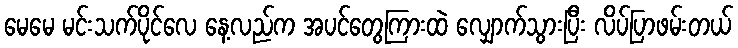
မေမေ မင်းသက်ပိုင်လေ နေ့လည်က အပင်တွေကြားထဲ လျှောက်သွားပြီး လိပ်ပြာဖမ်းတယ်